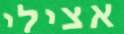
אצילי